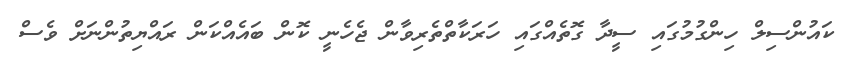
ކައުންސިލް ހިންގުމުގައި ސީދާ ގޮތެއްގައި ހަރަކާތްތެރިވާން ޖެހެނީ ކޮން ބައެއްކަން ރައްޔިތުންނަށް ވެސް